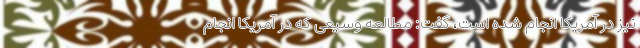
نیز در آمریکا انجام شده است، گفت: مطالعه وسیعی که در آمریکا انجام